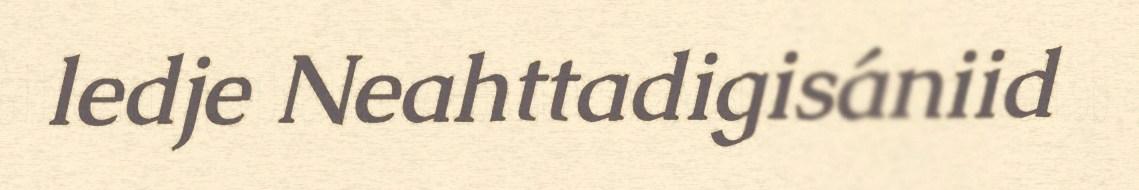
ledje Neahttadigisániid